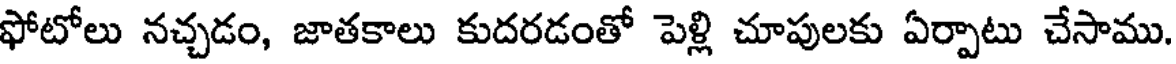
ఫోటోలు నచ్చడం, జాతకాలు కుదరడంతో పెళ్లి చూపులకు ఏర్పాటు చేసాము.